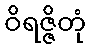
ဝိရဇ္ဇိတုံ